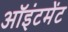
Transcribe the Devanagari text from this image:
ऑइंटमेंट